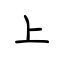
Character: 上